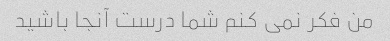
من فکر نمی کنم شما درست آنجا باشید